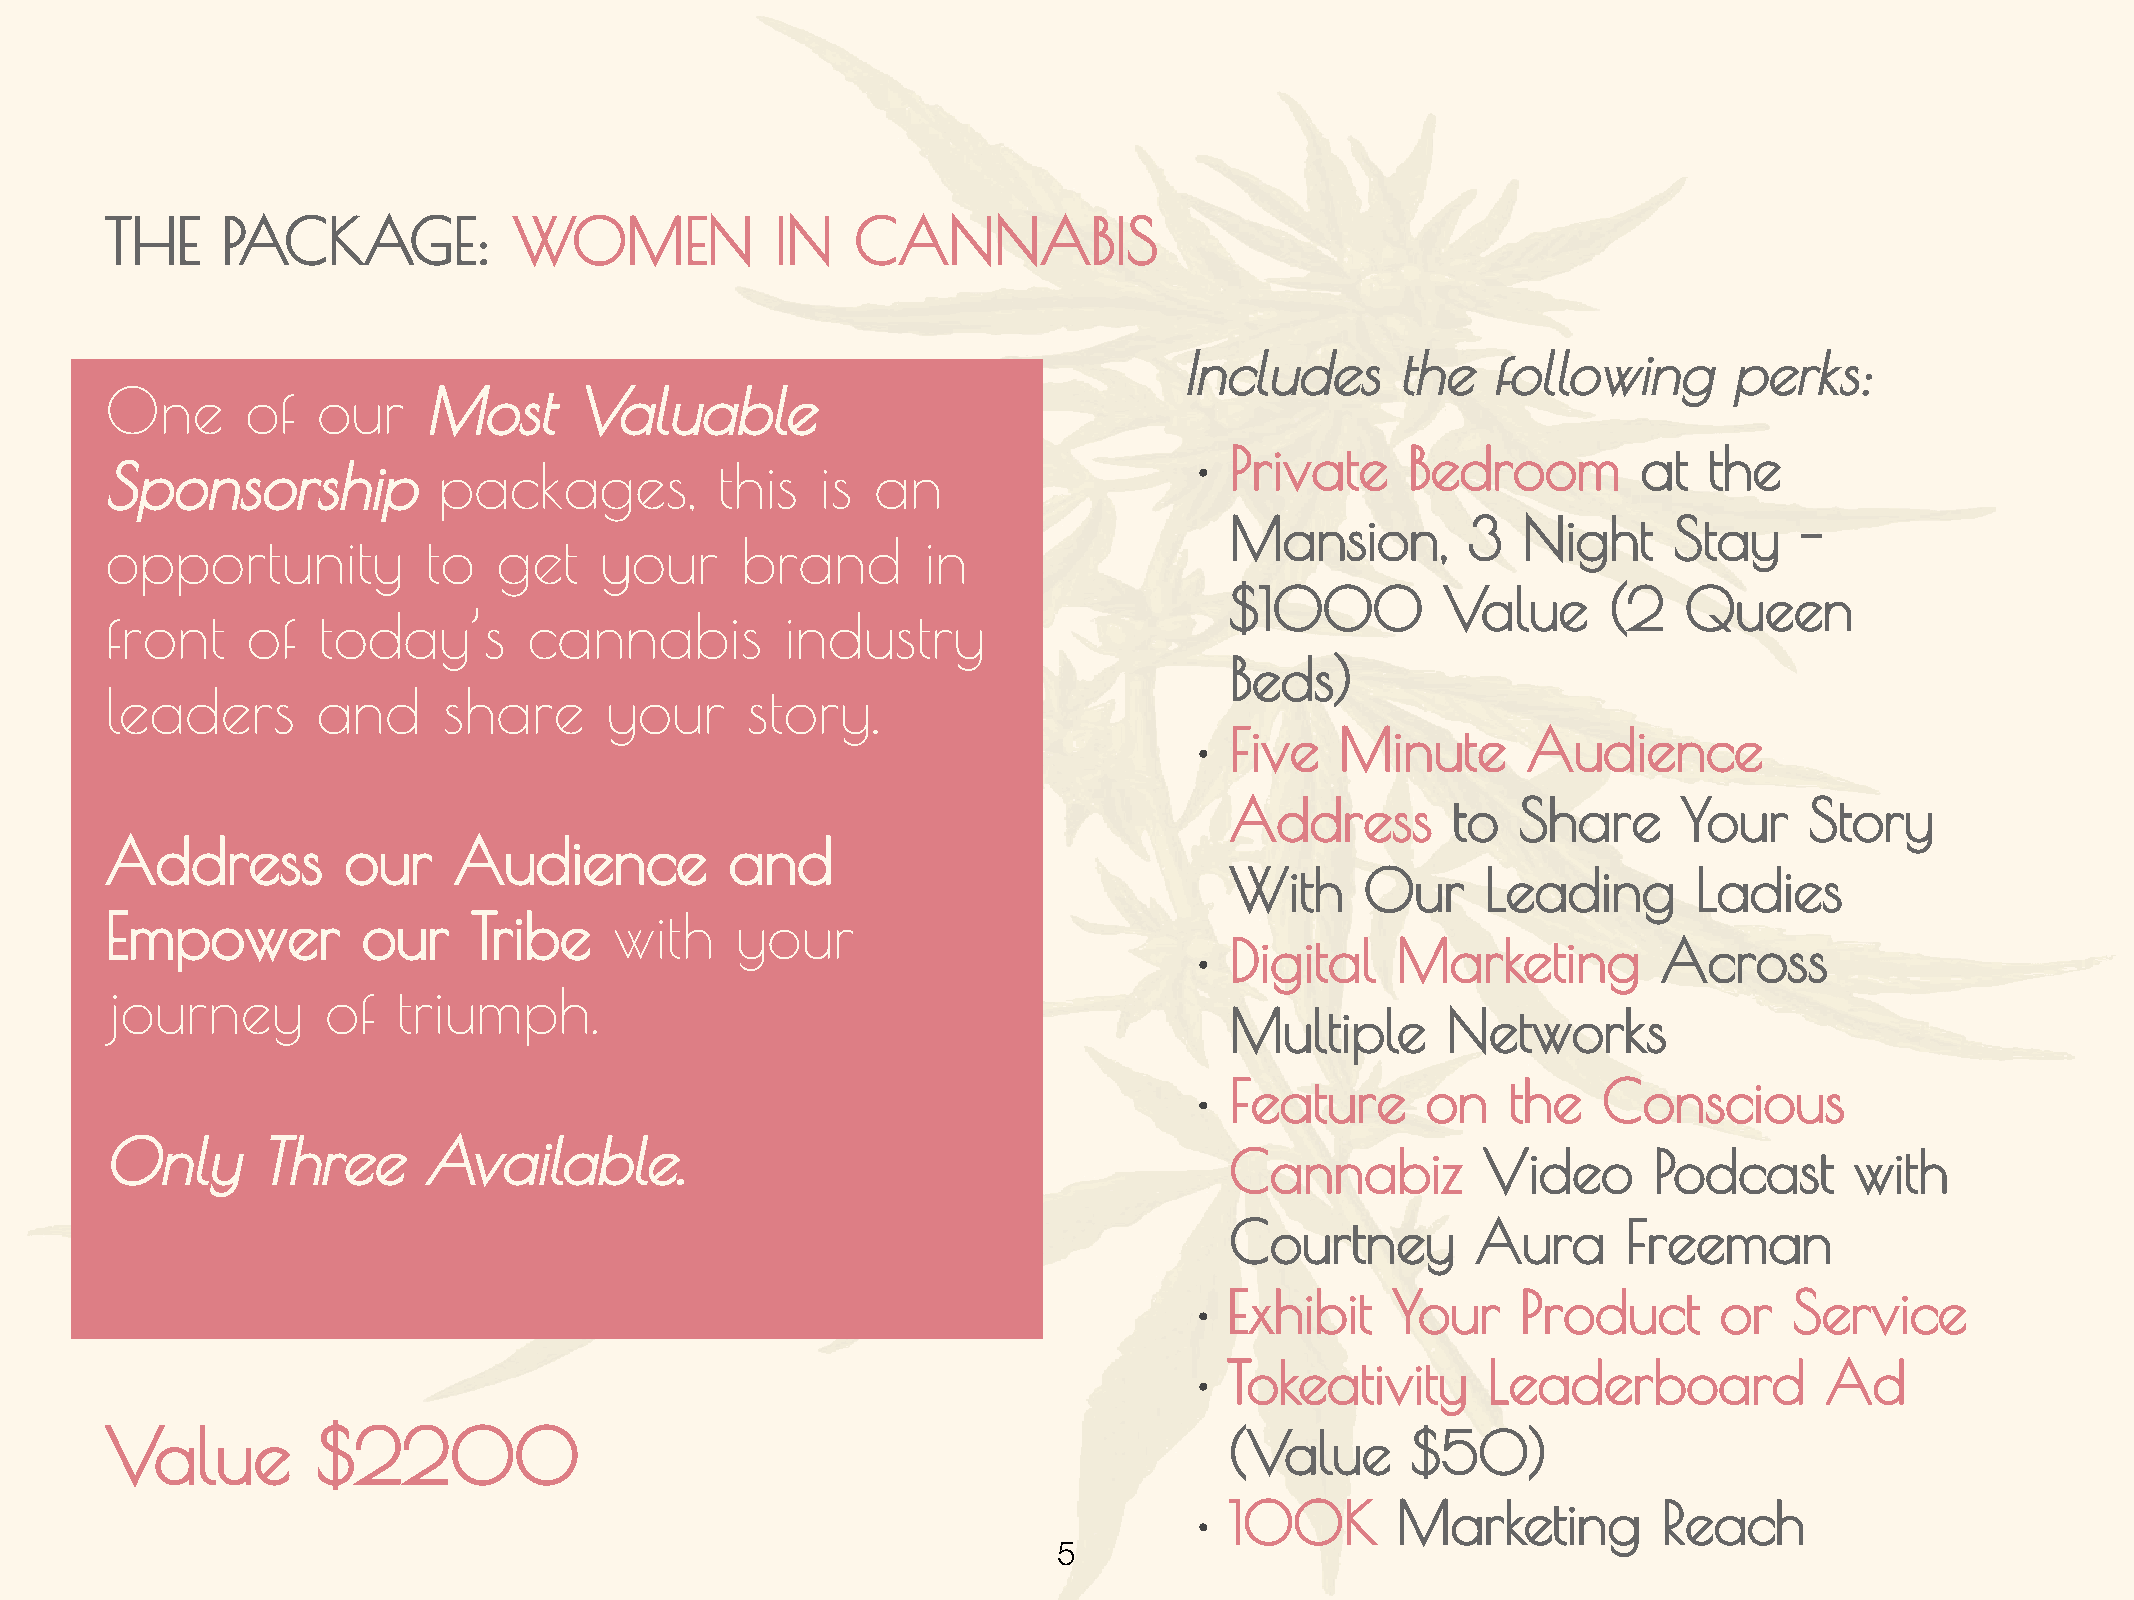
THE     PACKAGE:           WOMEN            IN    CANNABIS
 Includes       the   following       perks:
 One      of   our    Most      Valuable
 • Private     Bedroom         at  the
 Sponsorship           packages,          this  is  an
 Mansion,        3   Night     Stay    -
 opportunity          to   get    your     brand       in
 $1000          Value     (2    Queen
 front    of   today’s       cannabis         industry
 Beds)
 leaders       and     share      your     story.
 • Five    Minute      Audience
 Address        to   Share     Your     Story
 Address         our    Audience          and
 With     Our     Leading       Ladies
 Empower          our    Tribe     with    your
 • Digital    Marketing         Across
 journey        of  triumph.
 Multiple       Networks
 • Feature      on    the   Conscious
 Only      Three      Available.
 Cannabiz         Video      Podcast       with
 Courtney         Aura      Freeman
 • Exhibit    Your     Product      or   Service
 • Tokeativity      Leaderboard            Ad
 Value         $2200                                                       (Value      $50)
 • 100K       Marketing         Reach